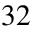
3 2